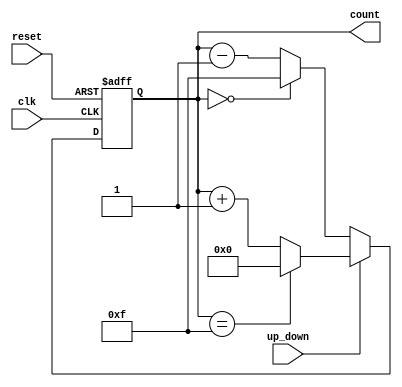
module up_down_counter (
    input wire clk,          // Clock input
    input wire up_down,      // Control signal for counting direction
    input wire reset,        // Asynchronous reset signal
    output reg [3:0] count   // Count output (4-bit wide for this example)
);

// Parameters for the maximum count value
parameter MAX_COUNT = 4'b1111; // 15 for a 4-bit counter

// Asynchronous reset and counting logic
always @(posedge clk or posedge reset) begin
    if (reset) begin
        count <= 4'b0000; // Reset count to 0
    end else begin
        if (up_down) begin
            // Count Up
            if (count == MAX_COUNT) begin
                count <= 4'b0000; // Wrap around to 0
            end else begin
                count <= count + 1'b1; // Increment count
            end
        end else begin
            // Count Down
            if (count == 4'b0000) begin
                count <= MAX_COUNT; // Wrap around to MAX_COUNT
            end else begin
                count <= count - 1'b1; // Decrement count
            end
        end
    end
end

endmodule